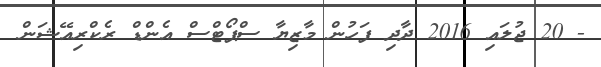
- 20 ޖުލައި 2016 ދާދި ފަހުން މާޒިޔާ ސްޕޯޓްސް އެންޑް ރެކްރިއޭޝަން